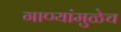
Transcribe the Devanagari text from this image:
गाण्यांमुळेच